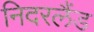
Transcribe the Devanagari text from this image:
निदरलैंड